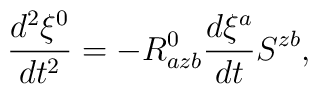
\frac{d^{2}\xi ^{0}}{dt^{2}}=-R_{azb}^{0}\frac{d\xi ^{a}}{dt}S^{zb},